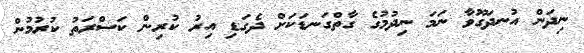
ނިދަން އުނދަގޫވާ ނަމަ ނިދުމުގެ ގާތްގަނޑަކަށް ދެގަޑި އިރު ކުރިން ކަސްރަތު ކުރުމުން